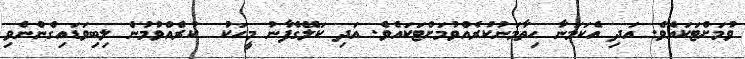
ވުމަށްޓަކައެވެ. އަދި އެކަމަނާ ހިތާމަނުކުރެއްވުމަށްޓަކައެވެ. އަދި ކަލޭގެފާނު މީހަކު  ކުރެއްވުމުން ލިބިވަޑައިގެންނެވި